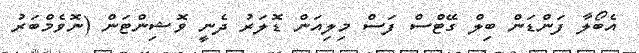
އެބޯލާ ފަންޑަން ބިލް ގޭޓްސް ފަސް މިލިއަން ޑޮލަރު ދެނީ ވޮޝިންޓަން (ނޮވެމްބަރު